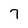
Character: 7